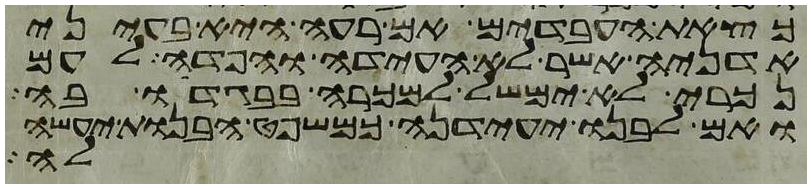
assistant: כצאת העבדים אם רעה היא בעיני
אדניה אשר לא העידה והפדה לעם
נכרי לא ימשל למכרה בבגדו בה
ואם לבנו יעידנה כמשפט הבנות יעשה
לה